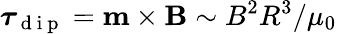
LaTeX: \boldsymbol{\tau}_{\mathrm{~d~i~p~}}=\mathbf{m}\times\mathbf{B}\sim B^{2}R^{3}/\mu_{0}